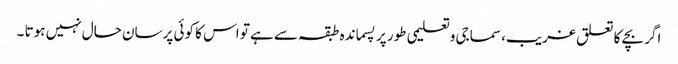
اگر بچے کا تعلق غریب، سماجی وتعلیمی طور پر پسماندہ طبقہ سے ہے تو اس کا کوئی پرسان حال نہیں ہوتا ۔